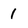
Character: 1